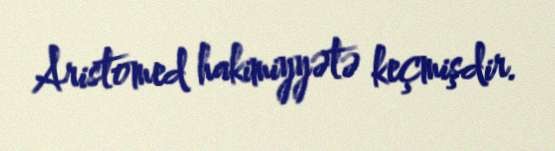
Aristomed hakimiyyətə keçmişdir.